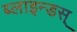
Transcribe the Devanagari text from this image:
ब्लाइन्डस्